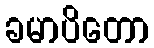
ခမာပိတော